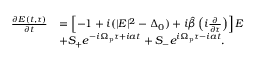
\begin{array} { r l } { \frac { \partial E ( t , \tau ) } { \partial t } } & { = \left[ - 1 + i ( | E | ^ { 2 } - \Delta _ { 0 } ) + i \hat { \beta } \left( i \frac { \partial } { \partial \tau } \right) \right] E } \\ & { + S _ { + } e ^ { - i \Omega _ { \mathrm { p } } \tau + i a t } + S _ { - } e ^ { i \Omega _ { \mathrm { p } } \tau - i a t } . } \end{array}